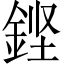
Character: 𮡸